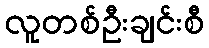
လူတစ်ဦးချင်းစီ